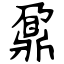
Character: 鼐